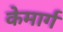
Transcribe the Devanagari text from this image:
केमार्ग